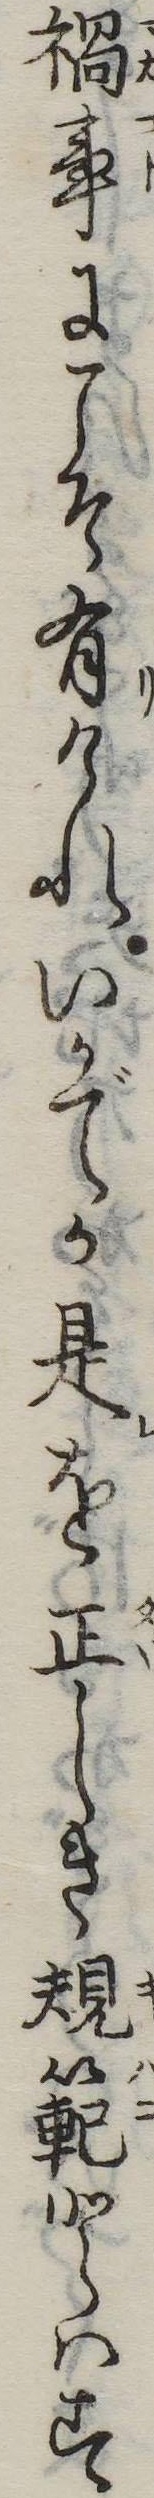
禍事にこそ有けれいかでか是を正しき規範とはす